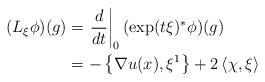
LaTeX: \begin{align*}(L_{\xi} \phi)(g) & = \left.\frac{d}{dt}\right|_0 (\exp(t\xi)^*\phi)(g) \\& = - \left\{ \nabla u(x), \xi^1 \right\} + 2\left<\chi,\xi\right>\end{align*}